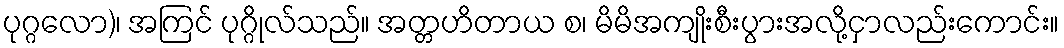
ပုဂ္ဂလော)၊ အကြင် ပုဂ္ဂိုလ်သည်။ အတ္တဟိတာယ စ၊ မိမိအကျိုးစီးပွားအလို့ငှာလည်းကောင်း။